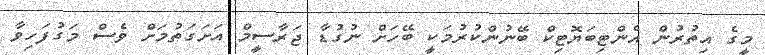
މީގެ އިތުރުން އެންޓިބަޔޮޓިކް ބޭނުންކުރުމަކީ ބޭހަށް ނުގުޑާ ޖަރާސީމް އަށަގަތުމަށް ވެސް މަގުފަހިވާ